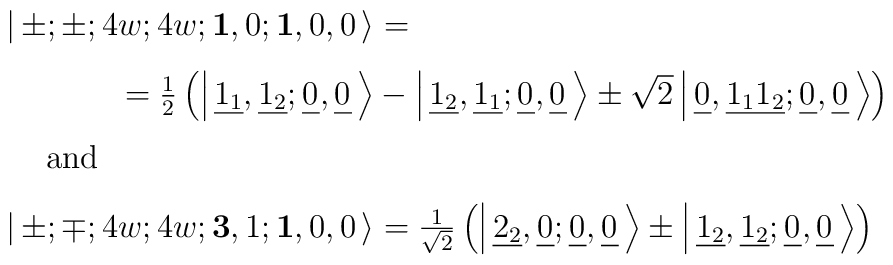
\begin{array}{l}\left|\ \!\pm;\pm;4w;4w;{\mathbf 1},0;                        {\mathbf 1},0,0\ \!\right\rangle = \\[3mm]\hskip1.5cm= {1\over2} \left( \left|\ \!\underline{1_1},\underline{1_2};      \underline{0_{}},\underline{0_{}}\ \!\right\rangle  - \left|\ \!\underline{1_2},\underline{1_1};      \underline{0_{}},\underline{0_{}}\ \!\right\rangle  \pm\sqrt{2} \left|\ \!\underline{0_{}},\underline{1_11_2};      \underline{0_{}},\underline{0_{}}\ \!\right\rangle \right) \\[3mm]\hskip0.5cm\mbox{and}\\[3mm]\left|\ \!\pm;\mp;4w;4w;{\mathbf 3},1;                        {\mathbf 1},0,0\ \!\right\rangle = {1\over\sqrt{2}} \left( \left|\ \!\underline{2_2},\underline{0_{}};      \underline{0_{}},\underline{0_{}}\ \!\right\rangle  \pm \left|\ \!\underline{1_2},\underline{1_2};      \underline{0_{}},\underline{0_{}}\ \!\right\rangle \right) \end{array}\hskip1cm